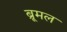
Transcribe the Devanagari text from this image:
ब्रूमल